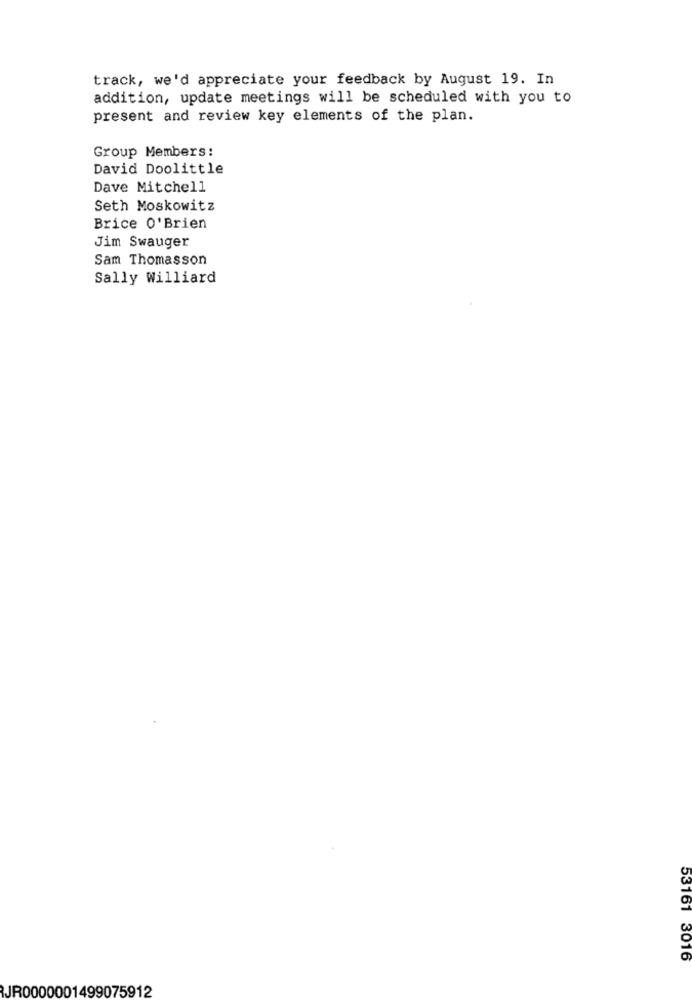
track, we'd appreciate your feedback by August 19. In
addition, update meetings will be scheduled with you to
present and review key elements of the plan.
Group Members:
David Doolittle
Dave Mitchell
Seth Moskowitz
Brice O'Brien
Jim Swauger
Sam Thomasson
Sally Williard
53161 3016
JR0000001499075912